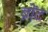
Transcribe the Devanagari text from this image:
ब्रोंट